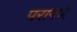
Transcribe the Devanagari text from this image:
परागणे